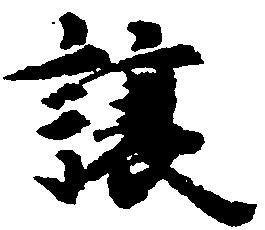
譲